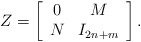
\begin{align*}Z= \left[\begin{array}{cc}0 & M \\N & I_{2n+m} \\\end{array}\right].\end{align*}